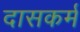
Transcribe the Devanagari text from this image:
दासकर्म